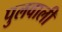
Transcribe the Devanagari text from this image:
पुलवाली